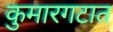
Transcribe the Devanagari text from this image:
कुमारगटात